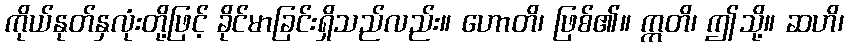
ကိုယ်နုတ်နှလုံးတို့ဖြင့် ခိုင်မာခြင်းရှိသည်လည်း။ ဟောတိ၊ ဖြစ်၏။ ဣတိ၊ ဤသို့။ ဆဟိ၊